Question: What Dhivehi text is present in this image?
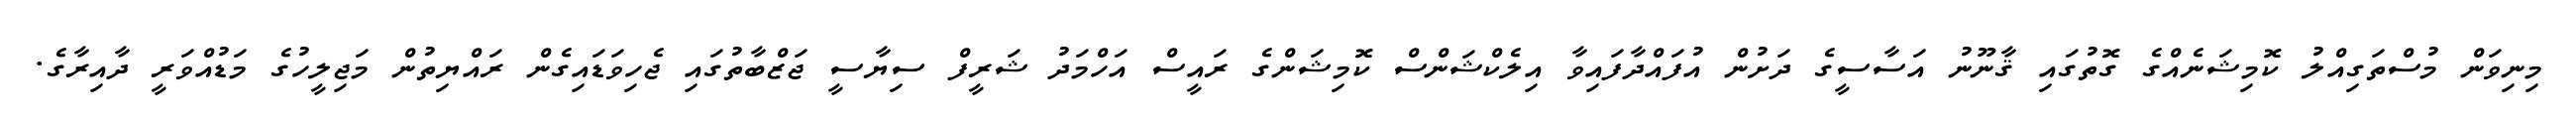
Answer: މިނިވަން މުސްތަގިއްލު ކޮމިޝަނެއްގެ ގޮތުގައި ޤާނޫނު އަސާސީގެ ދަށުން އުފައްދާފައިވާ އިލެކްޝަންސް ކޮމިޝަންގެ ރައީސް އަހްމަދު ޝަރީފް ސިޔާސީ ޖަޒްބާތުގައި ޖެހިވަޑައިގެން ރައްޔިތުން މަޖިލީހުގެ މަޑުއްވަރީ ދާއިރާގެ.